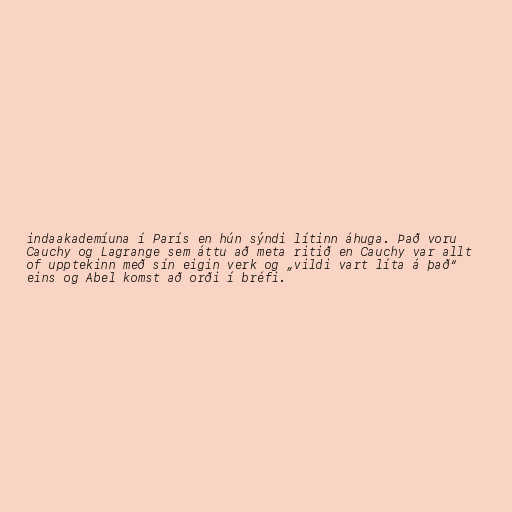
indaakademíuna í París en hún sýndi lítinn áhuga. Það voru
Cauchy og Lagrange sem áttu að meta ritið en Cauchy var allt
of upptekinn með sín eigin verk og „vildi vart líta á það“
eins og Abel komst að orði í bréfi.